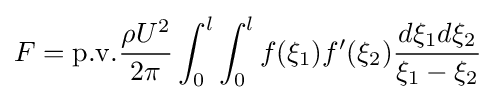
F=\mathrm {p.v.} {\frac {\rho U^{2}}{2\pi }}\int _{0}^{l}\int _{0}^{l}f(\xi _{1})f'(\xi _{2}){\frac {d\xi _{1}d\xi _{2}}{\xi _{1}-\xi _{2}}}